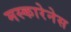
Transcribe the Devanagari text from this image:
मस्कारेनेस